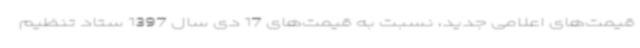
قیمت‌های اعلامی جدید، نسبت به قیمت‌های 17 دی سال 1397 ستاد تنظیم